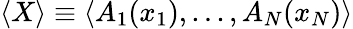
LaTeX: \langle X\rangle\equiv\langle A_{1}(x_{1}),...,A_{N}(x_{N})\rangle